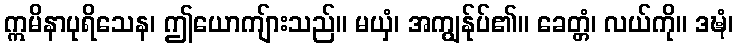
ဣမိနာပုရိသေန၊ ဤယောကျ်ားသည်။ မယှံ၊ အကျွန်ုပ်၏။ ခေတ္တံ၊ လယ်ကို။ ဒဍ္ဎံ၊